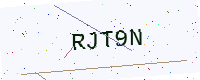
Text: RJT9N